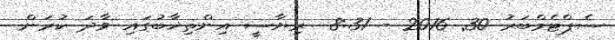
ސެޕްޓެމްބަރު 30